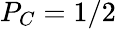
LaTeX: P_{C}=1/2